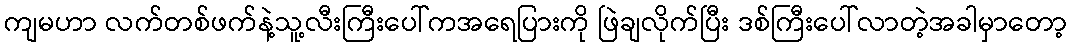
ကျမဟာ လက်တစ်ဖက်နဲ့သူ့လီးကြီးပေါ်ကအရေပြားကို ဖြဲချလိုက်ပြီး ဒစ်ကြီးပေါ်လာတဲ့အခါမှာတော့